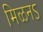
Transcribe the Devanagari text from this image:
मिळनऽ